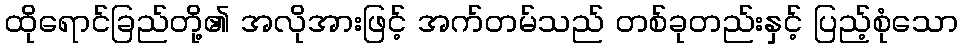
ထိုရောင်ခြည်တို့၏ အလိုအားဖြင့် အက်တမ်သည် တစ်ခုတည်းနှင့် ပြည့်စုံသော